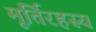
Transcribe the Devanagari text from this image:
मूर्तिरहस्य